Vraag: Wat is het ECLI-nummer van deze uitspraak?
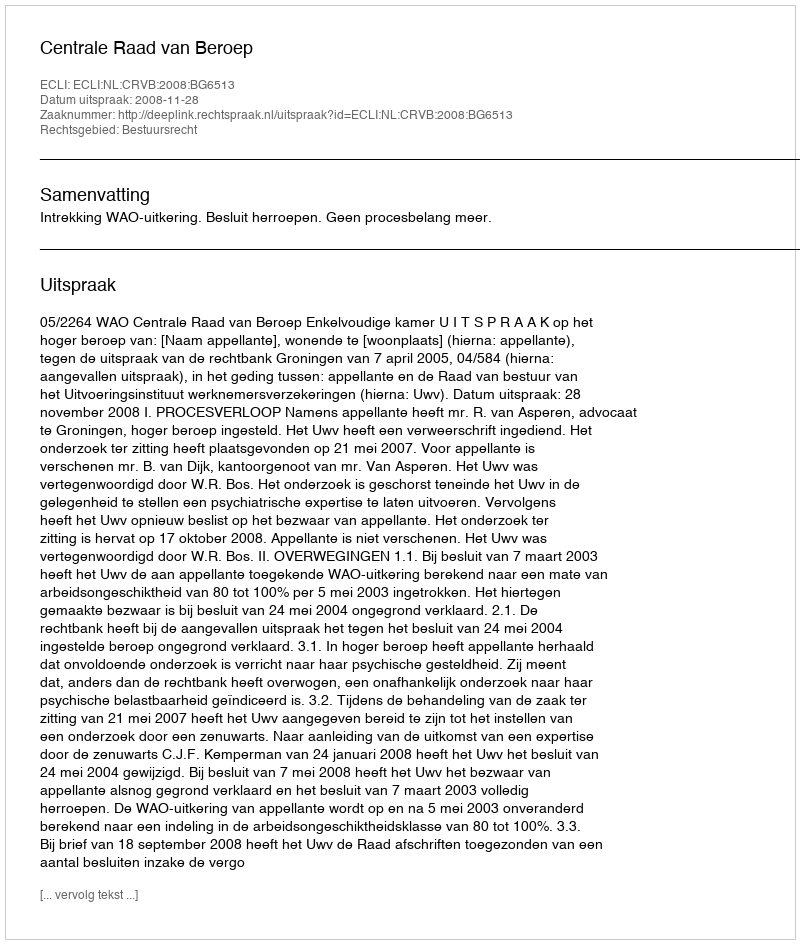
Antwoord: ECLI:NL:CRVB:2008:BG6513